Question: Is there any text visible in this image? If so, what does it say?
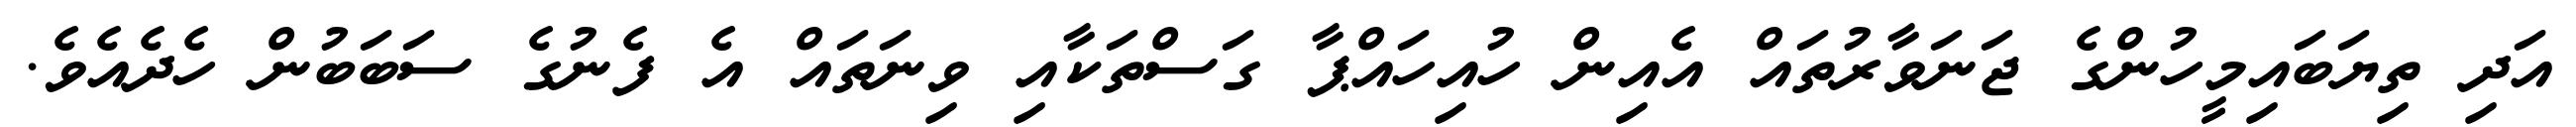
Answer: އަދި ތިޔަބައިމީހުންގެ ޖަނަވާރުތައް އެއިން ހުއިހައްޕާ ގަސްތަކާއި ވިނަތައް އެ ފެނުގެ ސަބަބުން ހެދެއެވެ.